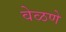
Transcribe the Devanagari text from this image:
वेळणे